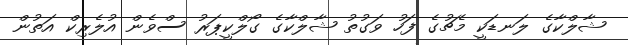
ޝާލްކާގެ ލަނޑަކީ މެޗުގެ ފަހު ވަގުތު ޝާލްކާގެ ގޯލްކީޕަރު ސްވެން އުލެރިކް އަތުން